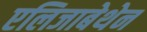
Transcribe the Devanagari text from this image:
एलिजाबेथेन